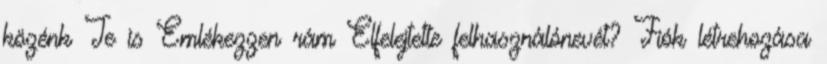
közénk Te is Emlékezzen rám Elfelejtette felhasználónevét? Fiók létrehozása